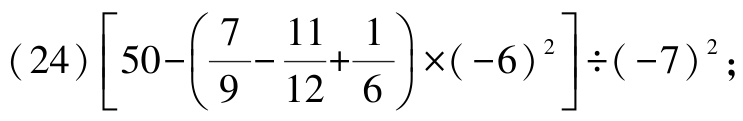
\((24)\left[50 - \left(\frac{7}{9} - \frac{11}{12} + \frac{1}{6}\right)\times(-6)^{2}\right]\div(-7)^{2};\)